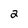
Character: 2